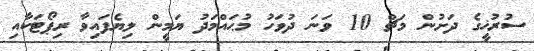
ސުރުޚީގެ ދަށުން މަޗް 10 ވަނަ ދުވަހު މުޙައްމަދު ޔަމީން ލިޔެފައިވާ ރިޕޯޓަކާއި